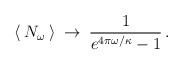
LaTeX: \begin{align*}\:\langle \:N_{\omega } \: \rangle \:\rightarrow \:\frac{1}{e^{4\pi \omega / \kappa } - 1} \,.\:\end{align*}